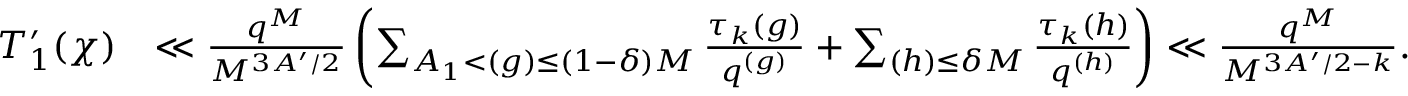
\begin{array} { r l } { T _ { 1 } ^ { \prime } ( \chi ) } & { \ll \frac { q ^ { M } } { M ^ { 3 A ^ { \prime } / 2 } } \left( \sum _ { A _ { 1 } < \d ( g ) \leq ( 1 - \delta ) M } \frac { \tau _ { k } ( g ) } { q ^ { \d ( g ) } } + \sum _ { \d ( h ) \leq \delta M } \frac { \tau _ { k } ( h ) } { q ^ { \d ( h ) } } \right) \ll \frac { q ^ { M } } { M ^ { 3 A ^ { \prime } / 2 - k } } . } \end{array}